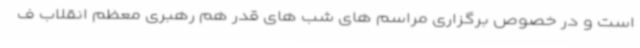
است و در خصوص برگزاری مراسم های شب های قدر هم رهبری معظم انقلاب ف